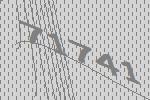
71741